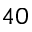
4 0